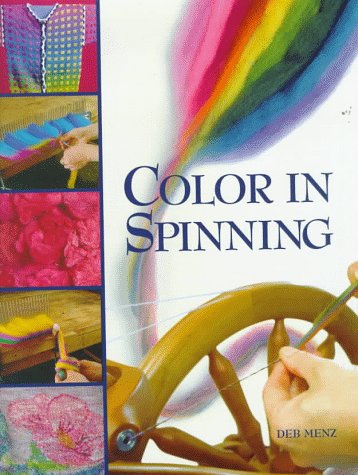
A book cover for Color in Spinning; Deb Menz; Crafts, Hobbies & Home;